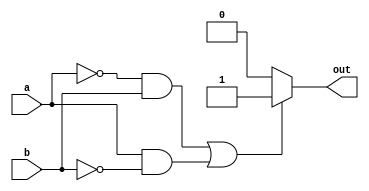
module xor_behavioral_gate (a, b, out); 
	
	input a, b;

	output out;
	reg out;
	
	always @ (a or b)
	begin //Fill this out (Instantiation of your modules)
		if((a == 1'b0 && b == 1'b1) || (a == 1'b1 && b == 1'b0))
		begin
			out <= 1'b1;
		end
		else
		begin
			out <= 1'b0;
		end
	end

endmodule